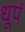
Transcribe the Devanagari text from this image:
धूपं